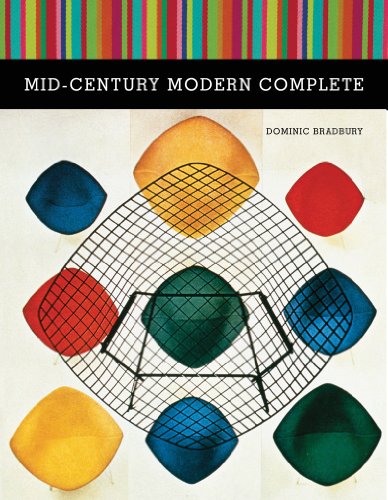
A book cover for Mid-Century Modern Complete; Dominic Bradbury; Crafts, Hobbies & Home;